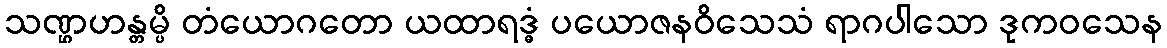
သဏ္ဌဟန္တမ္ပိ တံယောဂတော ယထာရဒ္ဓံ ပယောဇနဝိသေသံ ရာဂပါသော ဒုကဝသေန